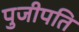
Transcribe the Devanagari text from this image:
पुजीपति